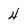
Character: 4